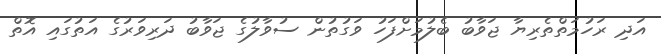
އަދި ރަހުމަތްތެރިޔާ ޖަވާބު ބެލުމަށްފަހު ވަގުތުން ސުވާލުގެ ޖަވާބު ދަރިވަރުގެ އަތުގައި އޮތް